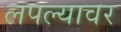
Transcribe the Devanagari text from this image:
लपल्यावर